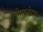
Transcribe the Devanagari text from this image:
तेमाज़ेपम